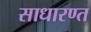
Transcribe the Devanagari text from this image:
साधारण्त